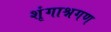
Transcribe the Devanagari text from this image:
शृंगाश्नगण